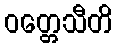
ဝတ္တေသီတိ